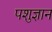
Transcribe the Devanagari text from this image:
पशुज्ञान